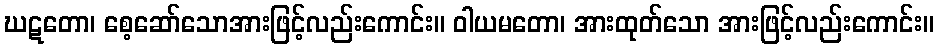
ဃဋတော၊ စေ့ဆော်သောအားဖြင့်လည်းကောင်း။ ဝါယမတော၊ အားထုတ်သော အားဖြင့်လည်းကောင်း။